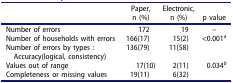
|  | Paper,n (%) | Electronic, n (%) | p value |
 | --- | --- | --- | --- |
 | Number of errors | 172 | 19 | – |
 | Number of households with errors | 166(17) | 15(2) | <0.001a |
 | Number of errors by types : Accuracy(logical, consistency) | 136(79) | 11(58) |  |
 | Values out of range | 17(10) | 2(11) | 0.034b |
 | Completeness or missing values | 19(11) | 6(32) |  |